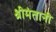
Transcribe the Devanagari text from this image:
श्रीमंतानी